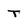
Character: T